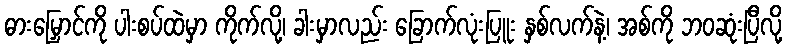
ဓားမြှောင်ကို ပါးစပ်ထဲမှာ ကိုက်လို့၊ ခါးမှာလည်း ခြောက်လုံးပြူး နှစ်လက်နဲ့၊ အစ်ကို ဘဝဆုံးပြီလို့